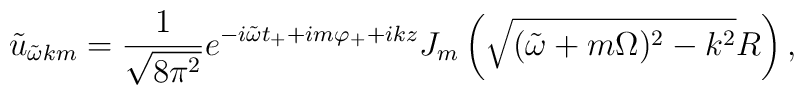
\tilde{u}_{\tilde\omega km}=\frac{1}{\sqrt{8\pi^2}}	e^{-i\tilde\omega t_{+}+im\varphi_{+}+ikz}  J_m\left(\sqrt{(\tilde\omega+m\Omega)^2-k^2}R\right),